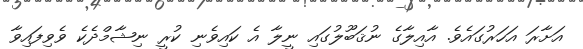
އަށާރަ އަހަރުގައެވެ. އާއިލާގެ ނުޤަބޫލުގައި ނީލާ އެ ކައިވެނި ކުރީ ނިޝާމްދެކެ ވެވިފައިވާ